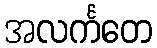
အလင်္ကတေ